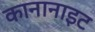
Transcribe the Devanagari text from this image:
कानानाइट